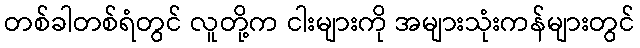
တစ်ခါတစ်ရံတွင် လူတို့က ငါးများကို အများသုံးကန်များတွင်